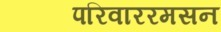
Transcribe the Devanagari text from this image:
परिवाररमसन